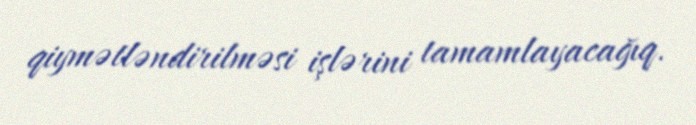
qiymətləndirilməsi işlərini tamamlayacağıq.